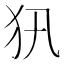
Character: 𤜢